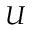
U